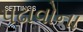
પઢાવોના